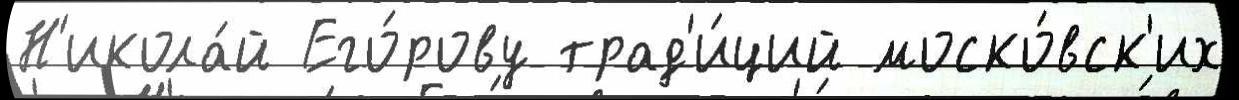
Н'икола́й Его́рову трад'и́ций моско́вск'их